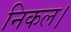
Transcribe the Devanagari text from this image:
निकल।